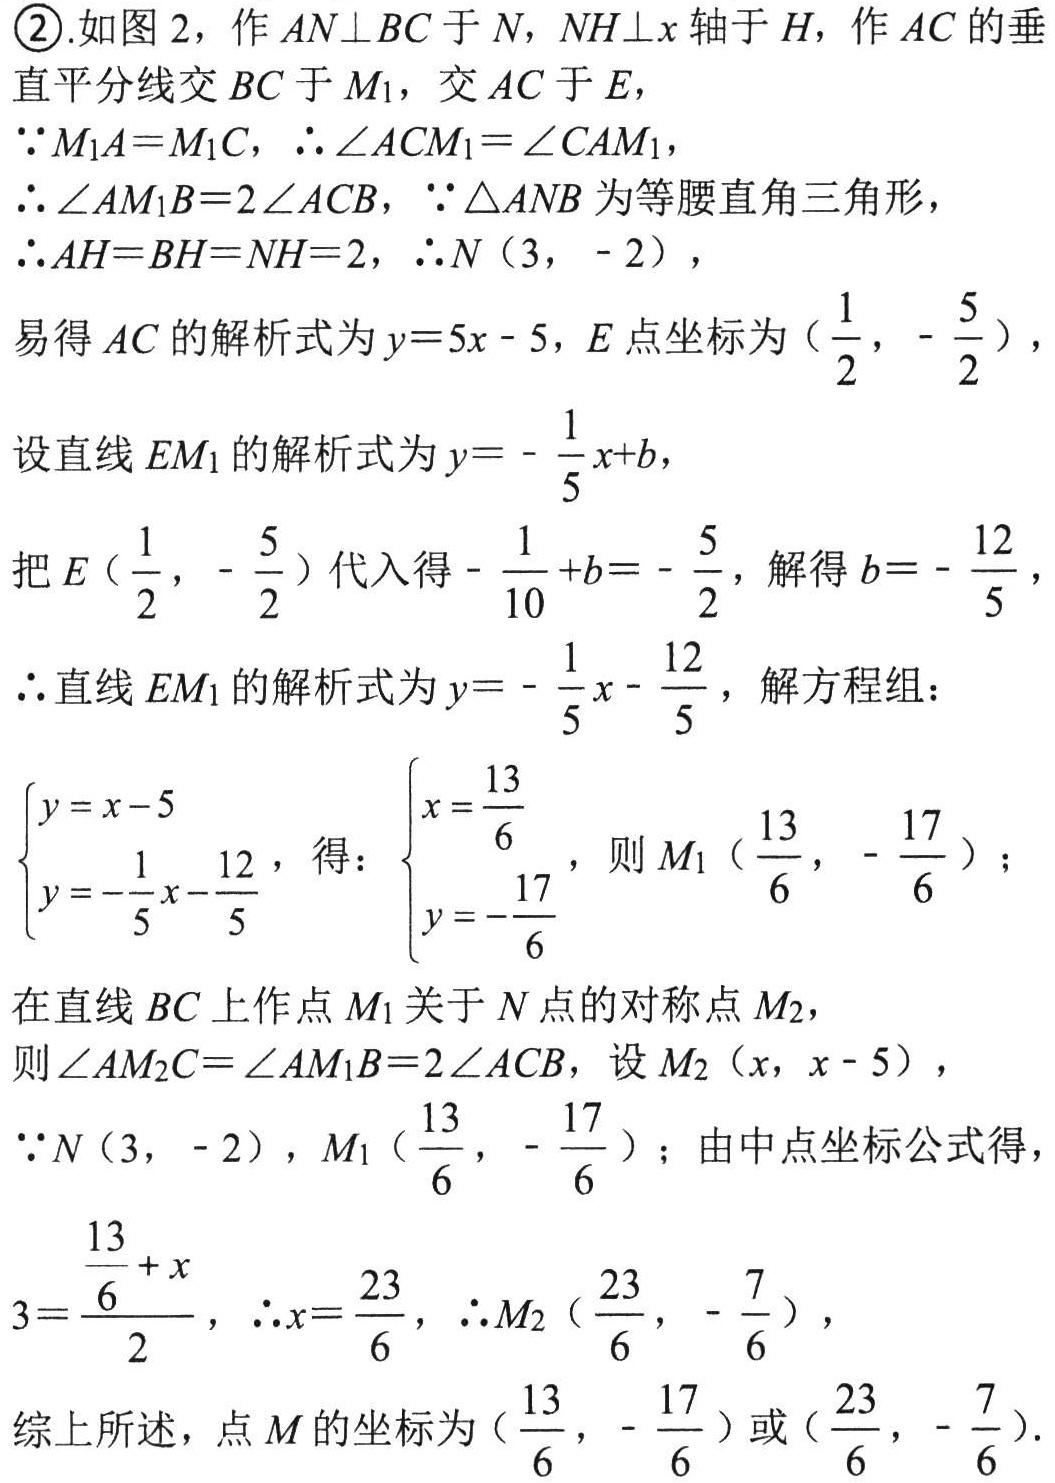
\textcircled{2}.如图 2，作$AN\perp BC$于$N$，$NH\perp x$轴于$H$，作$AC$的垂直平分线交$BC$于$M_{1}$，交$AC$于$E$，
$\because M_{1}A = M_{1}C$，$\therefore\angle ACM_{1}=\angle CAM_{1}$，
$\therefore\angle AM_{1}B = 2\angle ACB$，$\because\triangle ANB$为等腰直角三角形，
$\therefore AH = BH = NH = 2$，$\therefore N(3,\ -2)$，
易得$AC$的解析式为$y = 5x - 5$，$E$点坐标为$(\frac{1}{2},\ -\frac{5}{2})$，
设直线$EM_{1}$的解析式为$y = -\frac{1}{5}x + b$，
把$E(\frac{1}{2},\ -\frac{5}{2})$代入得$-\frac{1}{10}+b = -\frac{5}{2}$，解得$b = -\frac{12}{5}$，
$\therefore$直线$EM_{1}$的解析式为$y = -\frac{1}{5}x - \frac{12}{5}$，解方程组：
$\begin{cases}y = x - 5\\y = -\frac{1}{5}x - \frac{12}{5}\end{cases}$，得：$\begin{cases}x = \frac{13}{6}\\y = -\frac{17}{6}\end{cases}$，则$M_{1}(\frac{13}{6},\ -\frac{17}{6})$；
在直线$BC$上作点$M_{1}$关于$N$点的对称点$M_{2}$，
则$\angle AM_{2}C=\angle AM_{1}B = 2\angle ACB$，设$M_{2}(x,\ x - 5)$，
$\because N(3,\ -2)$，$M_{1}(\frac{13}{6},\ -\frac{17}{6})$；由中点坐标公式得
$3=\frac{\frac{13}{6}+x}{2}$，$\therefore x = \frac{23}{6}$，$\therefore M_{2}(\frac{23}{6},\ -\frac{7}{6})$，
综上所述，点$M$的坐标为$(\frac{13}{6},\ -\frac{17}{6})$或$(\frac{23}{6},\ -\frac{7}{6})$.